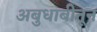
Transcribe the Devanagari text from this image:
अबुधाबीतून